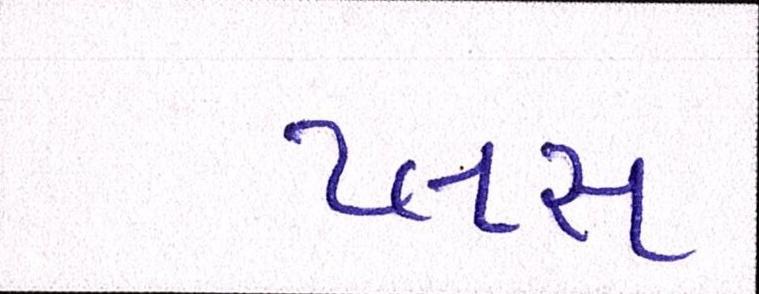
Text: પ્લસ